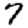
Digit: 7